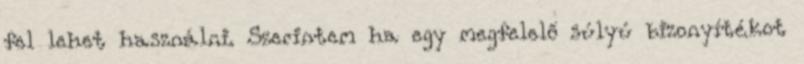
fel lehet használni. Szerintem ha egy megfelelő súlyú bizonyítékot